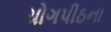
યોગપીઠના